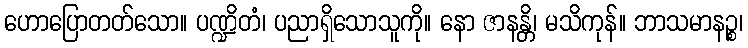
ဟောပြောတတ်သော။ ပဏ္ဍိတံ၊ ပညာရှိသောသူကို။ နော ဇာနန္တိ၊ မသိကုန်။ ဘာသမာနဉ္စ၊